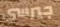
جيرسي